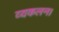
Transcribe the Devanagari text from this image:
व्यकलन।